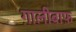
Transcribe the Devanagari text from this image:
ग़ालीबाफ़